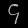
Digit: ၄